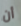
أن